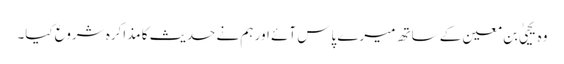
وہ یحییٰ بن معین کے ساتھ میرے پاس آئے اور ہم نے حدیث کا مذاکرہ شروع کیا۔